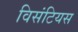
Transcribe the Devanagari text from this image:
विसंटियस